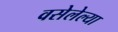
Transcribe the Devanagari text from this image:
वसेलेल्या